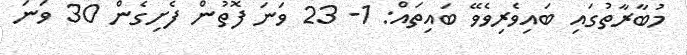
މުބާރާތުގައި ބައިވެރިވެވޭ ބައިތައް: 1- 23 ވަނަ ފޮތުން ފެށިގެން 30 ވަނަ